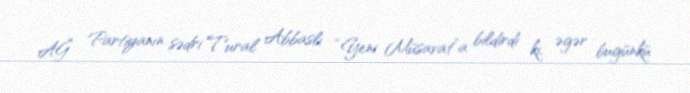
AĞ Partiyanın sədri Tural Abbaslı “Yeni Müsavat”a bildirdi ki, əgər bugünkü